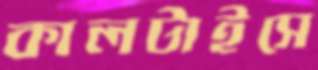
কালটাইসে